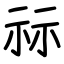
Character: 祘